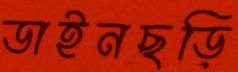
ডাইনছড়ি